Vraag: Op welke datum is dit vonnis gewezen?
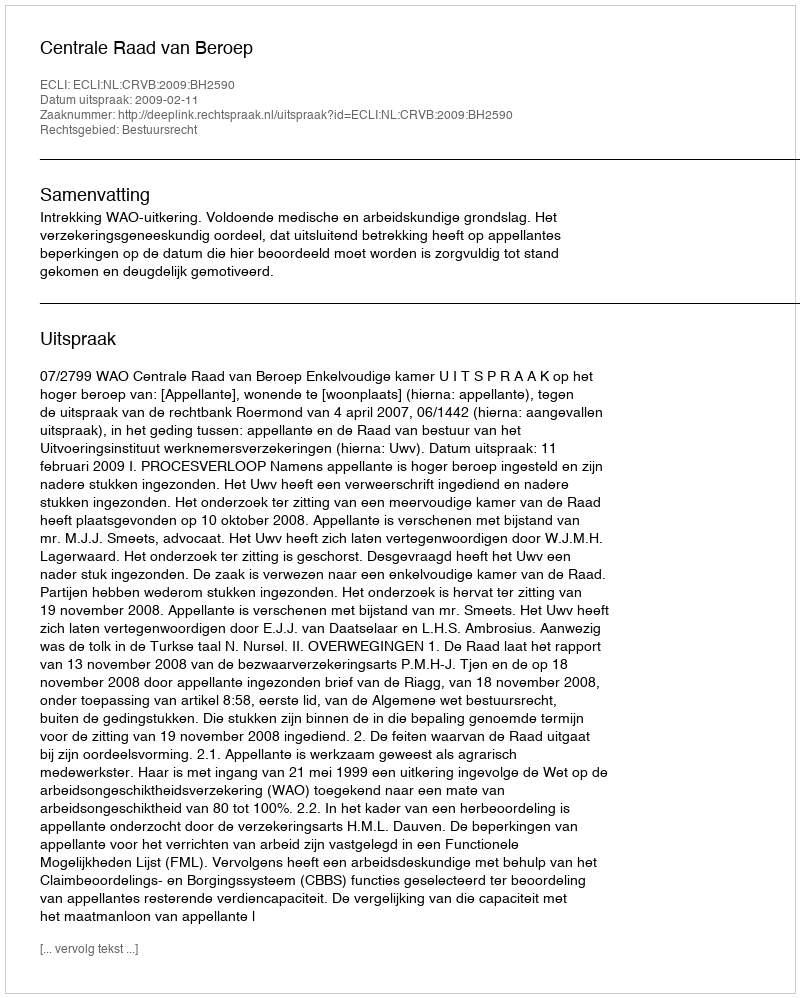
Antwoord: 2009-02-11